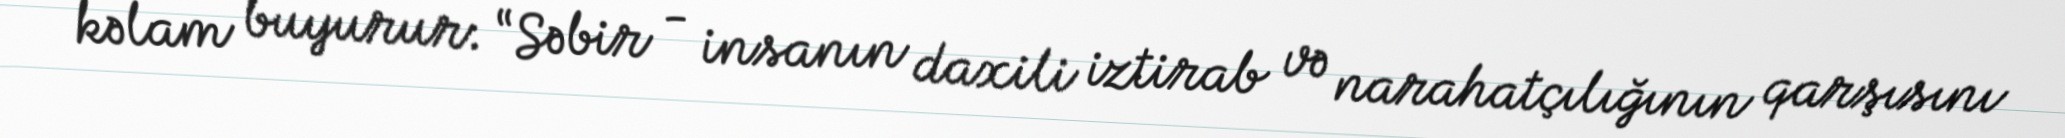
kəlam buyurur: “Səbir - insanın daxili iztirab və narahatçılığının qarşısını